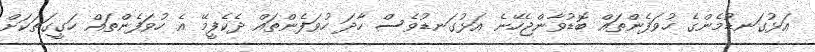
އަޅުގަނޑުމެންގެ ހުވަފެންތައް ބޮޑުވާންޖެހޭނެ އަޅުގަނޑުވެސް ހާދަ ހުވަފެންތައް ދެކެފީމޭ އެ ހުވަފެންތައް ހަގީގަތަކަށް